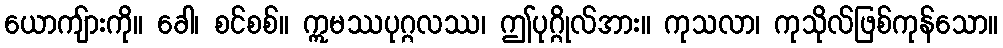
ယောကျ်ားကို။ ခေါ၊ စင်စစ်။ ဣမဿပုဂ္ဂလဿ၊ ဤပုဂ္ဂိုလ်အား။ ကုသလာ၊ ကုသိုလ်ဖြစ်ကုန်သော။